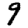
Digit: 9